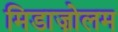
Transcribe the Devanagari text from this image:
मिडाज़ोलम